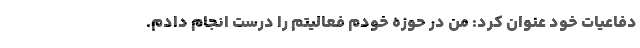
دفاعیات خود عنوان کرد: من در حوزه خودم فعالیتم را درست انجام دادم.